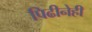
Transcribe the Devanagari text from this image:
पिढीनेही